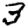
Digit: 3